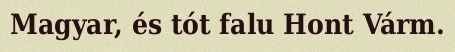
Magyar, és tót falu Hont Várm.